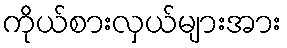
ကိုယ်စားလှယ်များအား